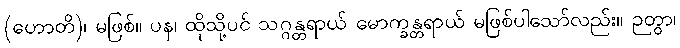
(ဟောတိ)၊ မဖြစ်။ ပန၊ ထိုသို့ပင် သဂ္ဂန္တရာယ် မောက္ခန္တရာယ် မဖြစ်ပါသော်လည်း။ ဉတွာ၊